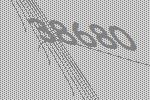
38680